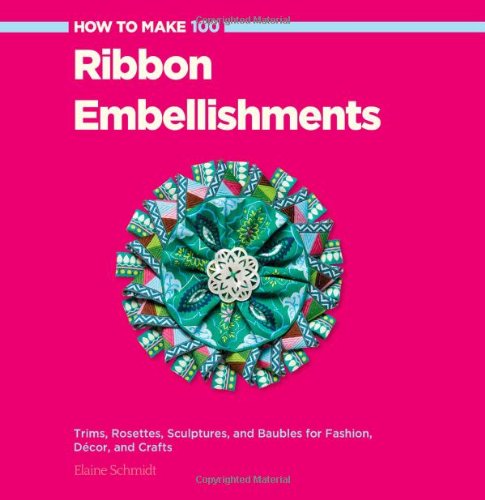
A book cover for How to Make 100 Ribbon Embellishments: Trims, Rosettes, Sculptures, and Baubles for Fashion, Decor, and Crafts; Elaine Schmidt; Crafts, Hobbies & Home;